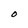
Character: O